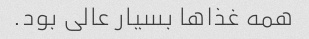
همه غذاها بسیار عالی بود.